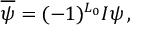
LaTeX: \overline { { \psi } } = ( - 1 ) ^ { L _ { 0 } } I \psi \, ,